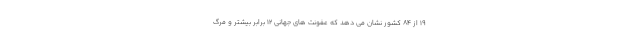
۱۹ از ۸۴ کشور نشان می دهد که عفونت های جهانی ۱۲ برابر بیشتر و مرگ